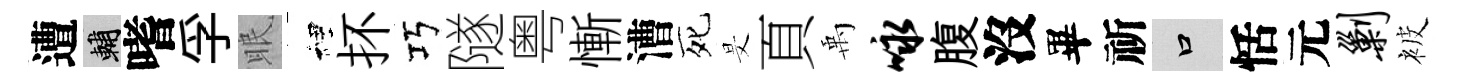
遭輔嗜孚眠裡抔巧隧粤慚漕死旻頁禹咏腹沒畢祈口恬元剿被